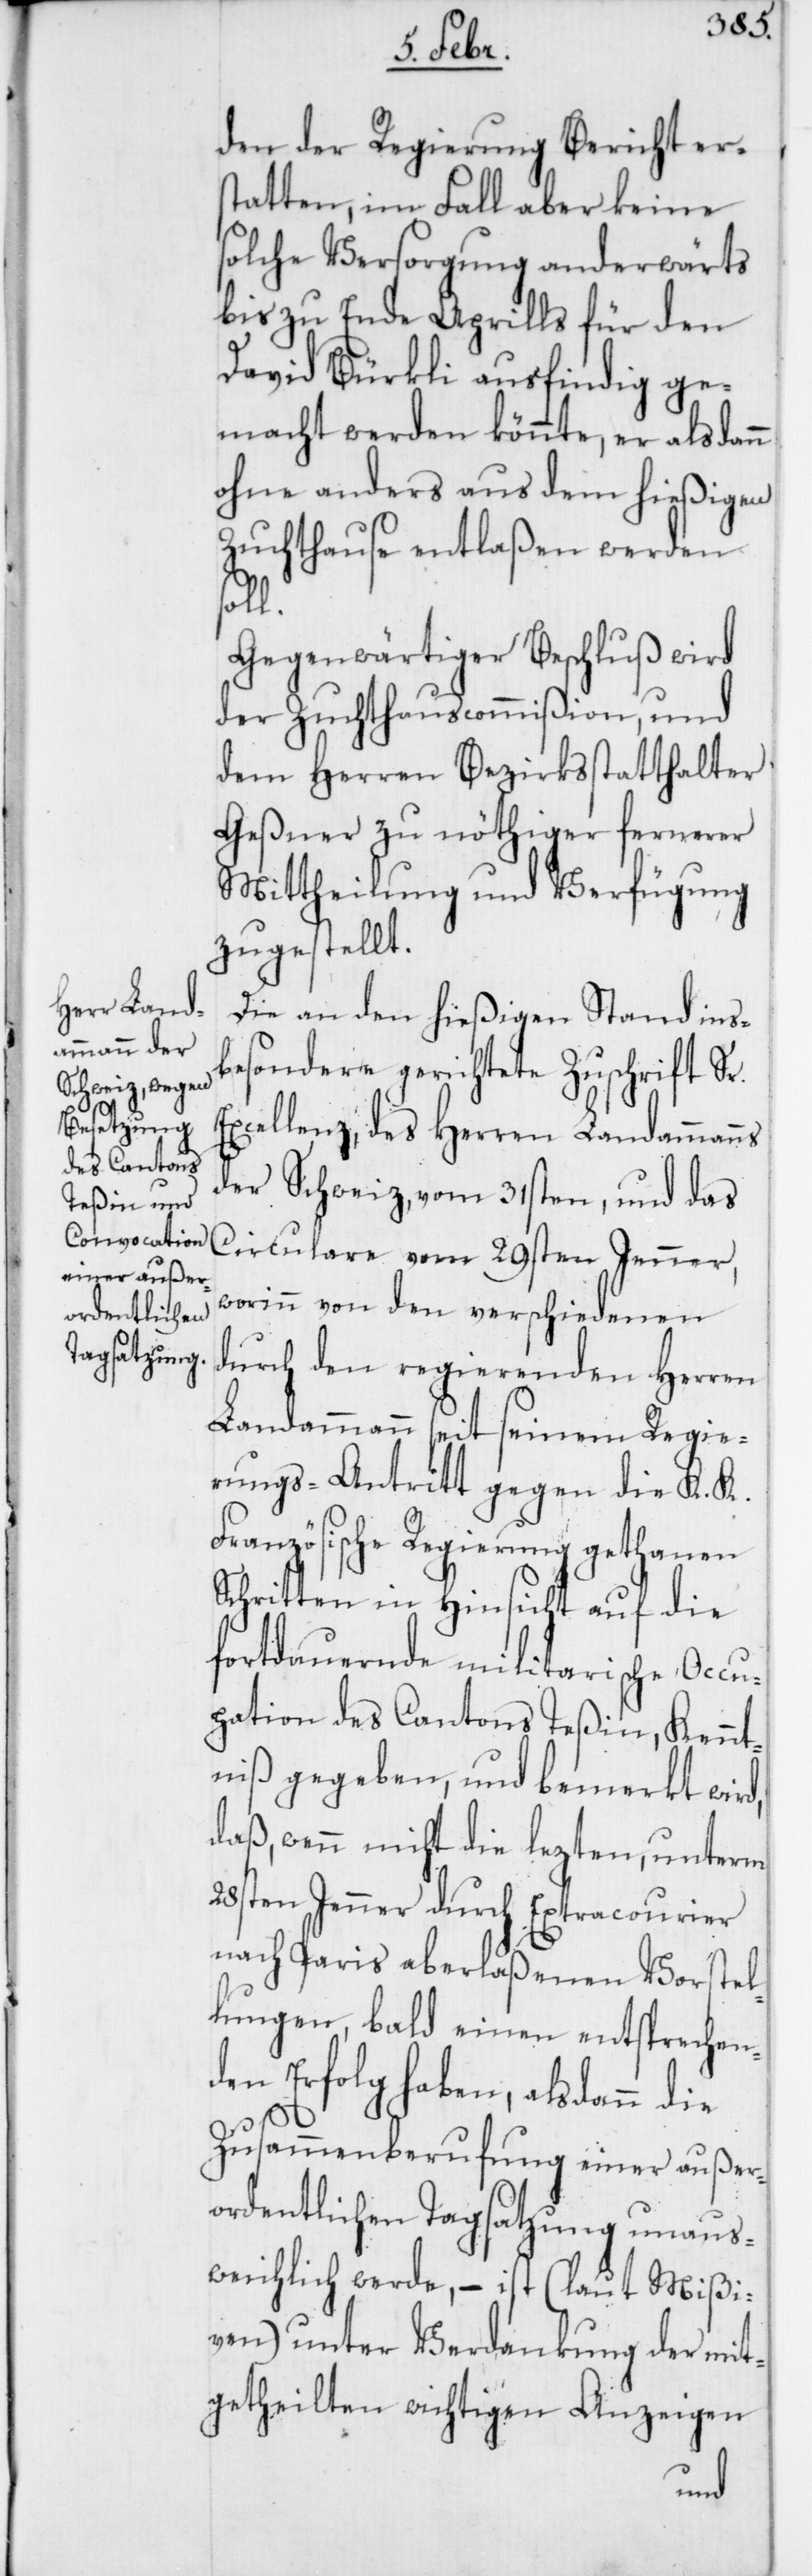
den der Regierung Bericht ers¬
tatten, im Fall aber keine
solche Versorgung anderwärts
bis zu Ende Aprills für den
David Bürkli ausfindig ge¬
macht werden könnte, er alsdann
ohne anders aus dem hießigen
Zuchthause entlaßen werden
Gegenwärtiger Beschluß wird
der Zuchthauscommißion, und
dem Herren Bezirksstatthalter
Geßner zu nöthiger fernerer
Mittheilung und Verfügung
zugestellt.
Die an den hießigen Stand ins¬
besondere gerichtete Zuschrift Sr.
Excellenz, des Herren Landammanns
der Schweiz, vom 31sten, und das
Circulare vom 29sten Jenner,
worinn von den verschiedenen
durch den regierenden Herren
Landammann seit seinem Regie¬
rungs-Antritt gegen die K. K.
Französische Regierung gethanen
Schritten in Hinsicht auf die
fortdauernde militarische Occu¬
pation des Cantons Teßin, Kennt¬
niß gegeben, und bemerkt wird,
daß wenn nicht die lezten, unterm
28sten Jenner durch Extracourier
nach Paris aberlaßenen Vorstel¬
lungen, bald einen entsprechen¬
den Erfolg haben, alsdann die
Zusammenberufung einer außer¬
ordentlichen Tagsatzung unaus¬
weichlich werde, – ist (laut Mißi¬
ven) unter Verdankung der mit¬
getheilten wichtigen Anzeigen